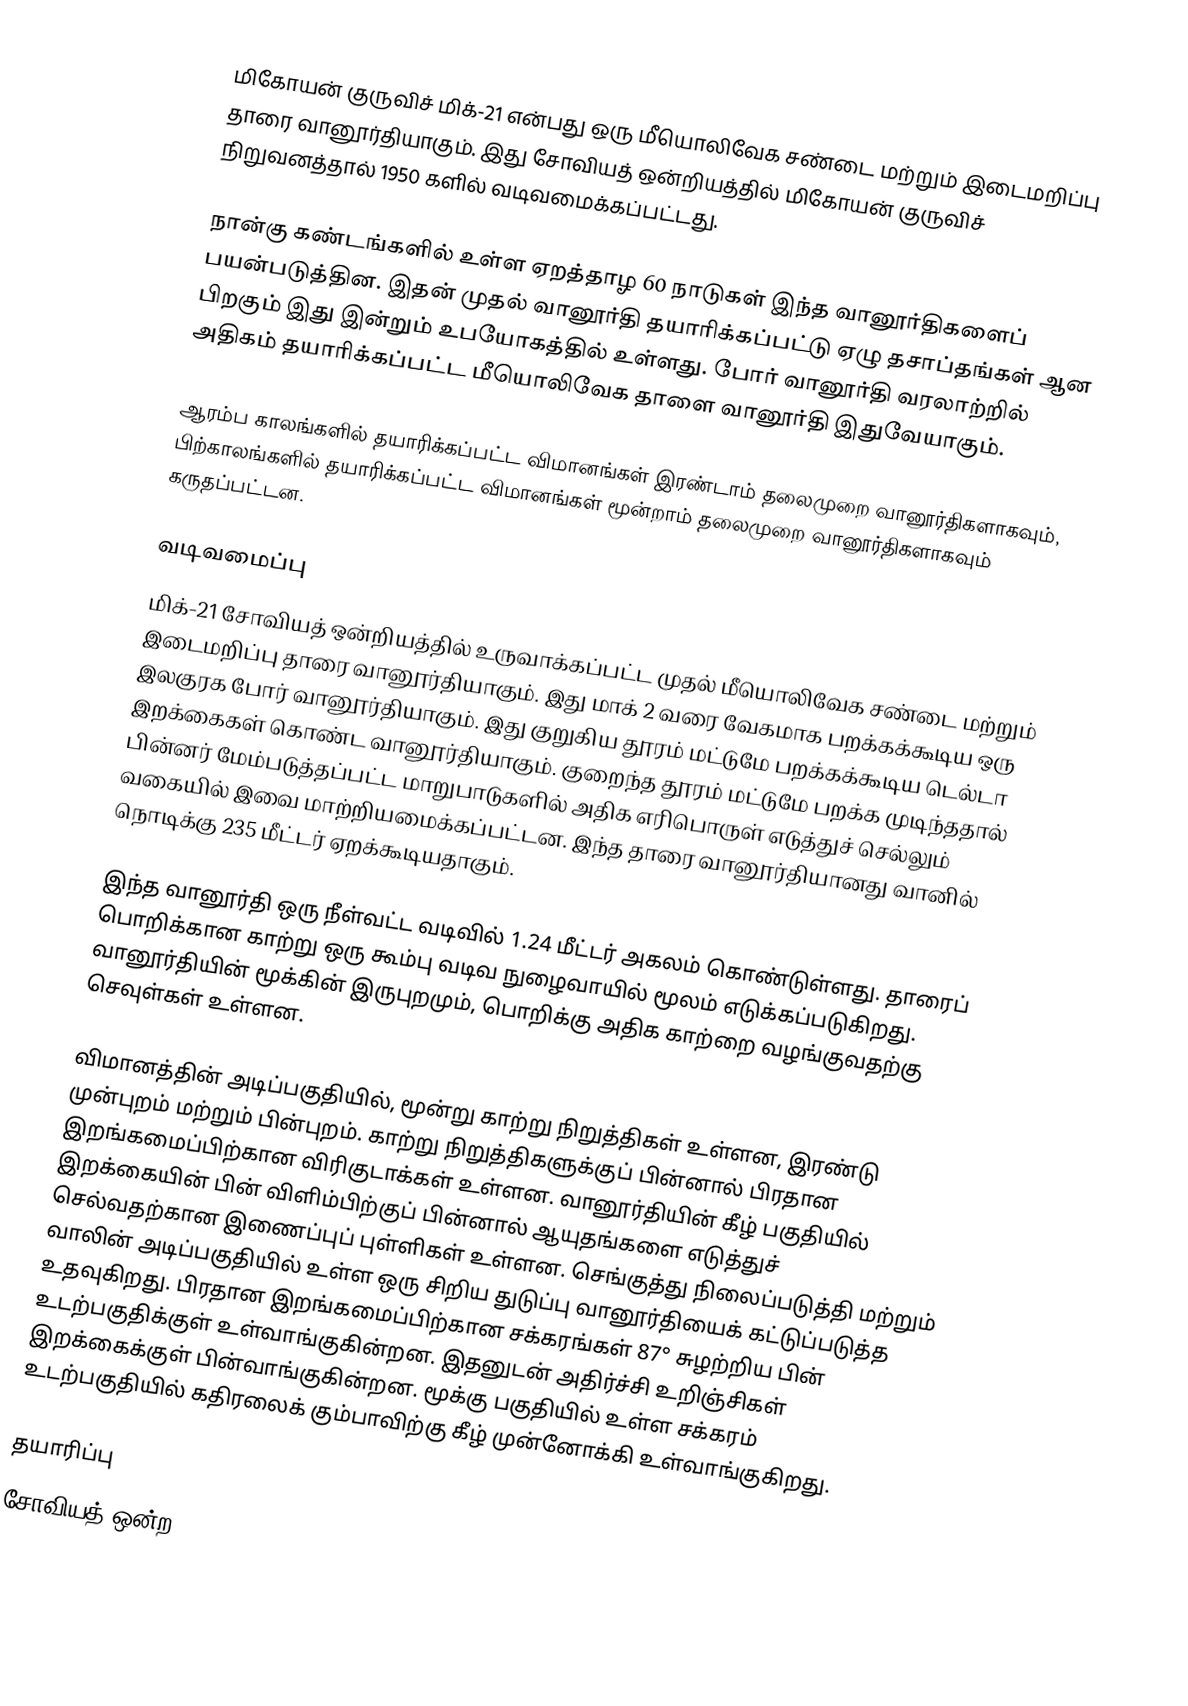
மிகோயன் குருவிச் மிக்-21 என்பது ஒரு மீயொலிவேக சண்டை மற்றும் இடைமறிப்பு தாரை வானூர்தியாகும். இது சோவியத் ஒன்றியத்தில் மிகோயன் குருவிச் நிறுவனத்தால் 1950 களில் வடிவமைக்கப்பட்டது.

நான்கு கண்டங்களில் உள்ள ஏறத்தாழ 60 நாடுகள் இந்த வானூர்திகளைப் பயன்படுத்தின.  இதன் முதல் வானூர்தி தயாரிக்கப்பட்டு ஏழு தசாப்தங்கள் ஆன பிறகும் இது இன்றும் உபயோகத்தில் உள்ளது. போர் வானூர்தி வரலாற்றில் அதிகம் தயாரிக்கப்பட்ட மீயொலிவேக தாளை வானூர்தி இதுவேயாகும்.

ஆரம்ப காலங்களில் தயாரிக்கப்பட்ட விமானங்கள் இரண்டாம் தலைமுறை வானூர்திகளாகவும், பிற்காலங்களில் தயாரிக்கப்பட்ட விமானங்கள் மூன்றாம் தலைமுறை வானூர்திகளாகவும் கருதப்பட்டன.

வடிவமைப்பு
மிக்-21  சோவியத் ஒன்றியத்தில் உருவாக்கப்பட்ட முதல்  மீயொலிவேக சண்டை மற்றும் இடைமறிப்பு தாரை வானூர்தியாகும். இது மாக் 2 வரை வேகமாக பறக்கக்கூடிய ஒரு இலகுரக போர் வானூர்தியாகும். இது குறுகிய தூரம் மட்டுமே பறக்கக்கூடிய  டெல்டா இறக்கைகள் கொண்ட வானூர்தியாகும். குறைந்த தூரம் மட்டுமே பறக்க முடிந்ததால்  பின்னர் மேம்படுத்தப்பட்ட மாறுபாடுகளில் அதிக எரிபொருள் எடுத்துச் செல்லும் வகையில்  இவை மாற்றியமைக்கப்பட்டன. இந்த தாரை வானூர்தியானது வானில் நொடிக்கு 235 மீட்டர் ஏறக்கூடியதாகும்.

இந்த வானூர்தி ஒரு நீள்வட்ட வடிவில் 1.24 மீட்டர் அகலம் கொண்டுள்ளது. தாரைப் பொறிக்கான காற்று ஒரு கூம்பு வடிவ நுழைவாயில் மூலம் எடுக்கப்படுகிறது. வானூர்தியின் மூக்கின் இருபுறமும், பொறிக்கு அதிக காற்றை வழங்குவதற்கு செவுள்கள் உள்ளன.

விமானத்தின் அடிப்பகுதியில், மூன்று காற்று நிறுத்திகள் உள்ளன, இரண்டு முன்புறம் மற்றும் பின்புறம். காற்று நிறுத்திகளுக்குப் பின்னால் பிரதான இறங்கமைப்பிற்கான விரிகுடாக்கள் உள்ளன. வானூர்தியின் கீழ் பகுதியில் இறக்கையின் பின் விளிம்பிற்குப் பின்னால் ஆயுதங்களை எடுத்துச் செல்வதற்கான இணைப்புப் புள்ளிகள் உள்ளன. செங்குத்து நிலைப்படுத்தி மற்றும் வாலின் அடிப்பகுதியில் உள்ள ஒரு சிறிய துடுப்பு வானூர்தியைக் கட்டுப்படுத்த உதவுகிறது. பிரதான இறங்கமைப்பிற்கான சக்கரங்கள் 87° சுழற்றிய பின் உடற்பகுதிக்குள் உள்வாங்குகின்றன. இதனுடன் அதிர்ச்சி உறிஞ்சிகள் இறக்கைக்குள் பின்வாங்குகின்றன. மூக்கு பகுதியில் உள்ள சக்கரம் உடற்பகுதியில் கதிரலைக் கும்பாவிற்கு கீழ் முன்னோக்கி உள்வாங்குகிறது.

தயாரிப்பு
சோவியத் ஒன்ற